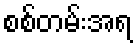
စစ်တမ်းအရ